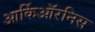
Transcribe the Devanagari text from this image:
आर्किऑरनिस